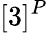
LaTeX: [3]^{P}